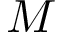
M